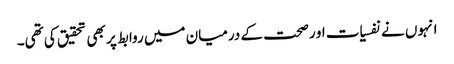
انہوں نے نفسیات او رصحت کے درمیان میں روابط پر بھی تحقیق کی تھی۔